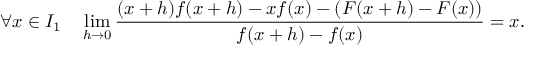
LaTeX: \forall x \in I _ { 1 } \quad \operatorname* { l i m } _ { h \to 0 } { \frac { ( x + h ) f ( x + h ) - x f ( x ) - \left( F ( x + h ) - F ( x ) \right) } { f ( x + h ) - f ( x ) } } = x .